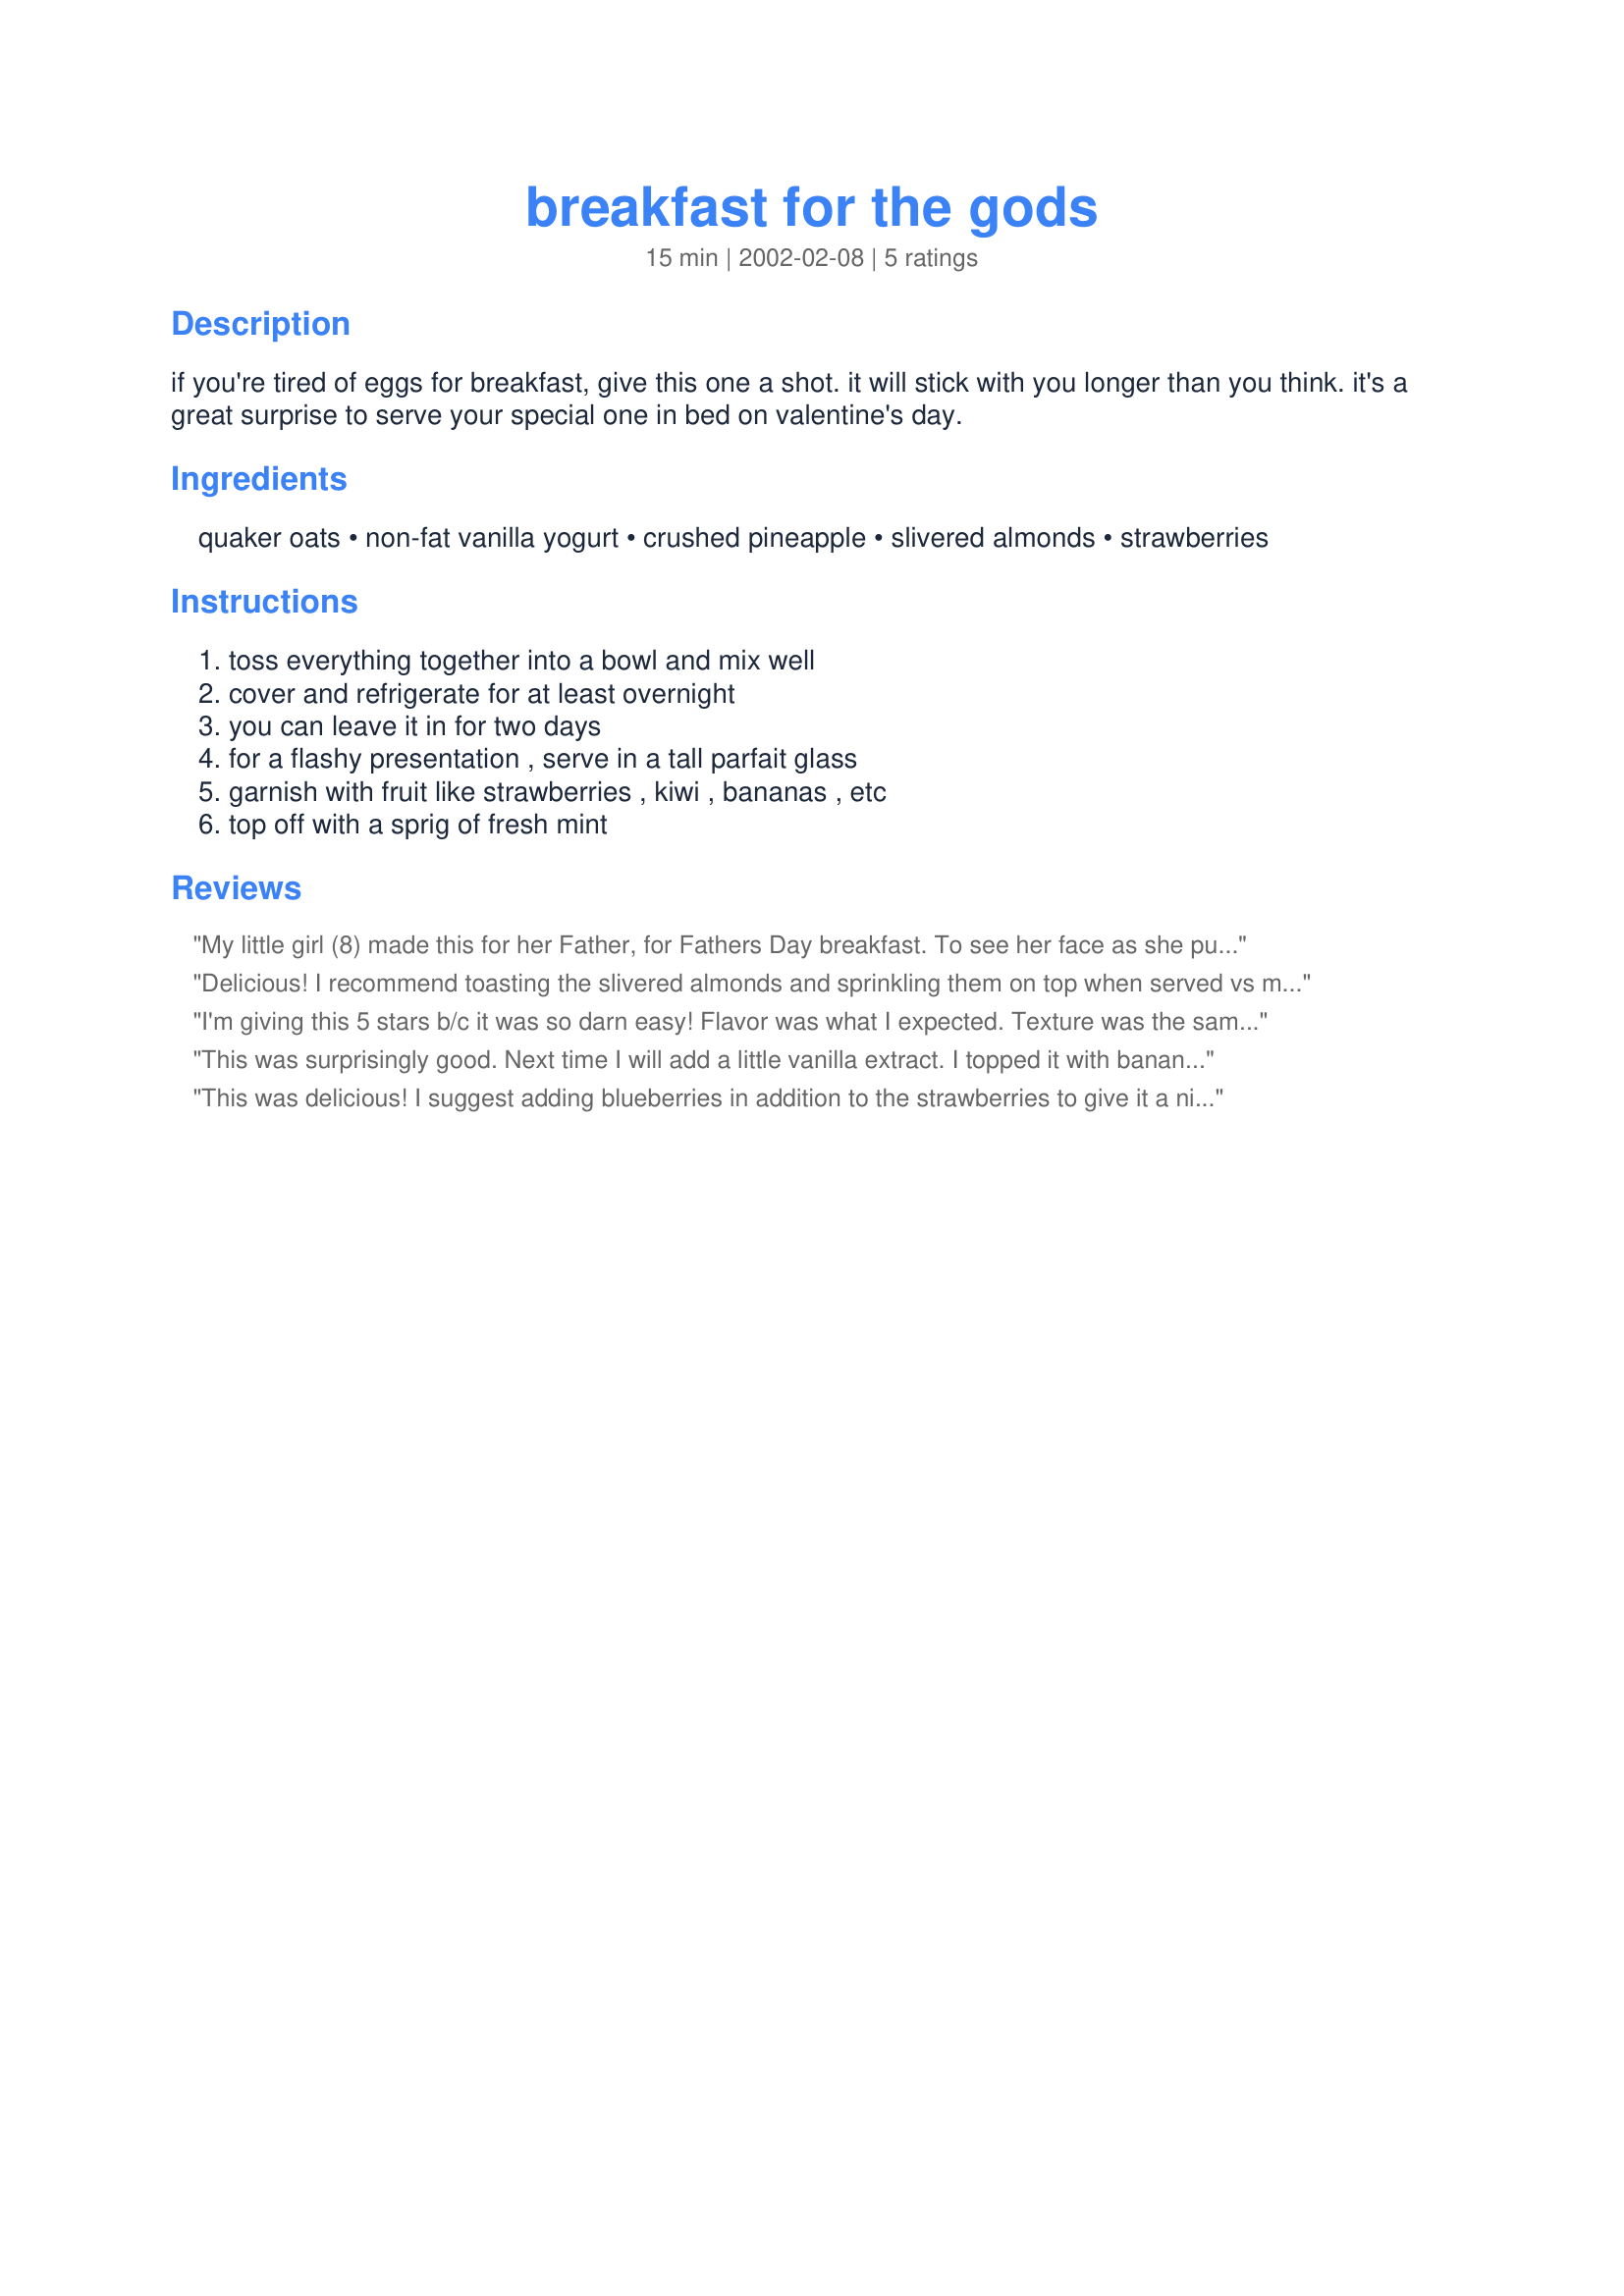
breakfast for the gods
Preparation time: 15 minutes

if you're tired of eggs for breakfast, give this one a shot. it will stick with you longer than you think. it's a great surprise to serve your special one in bed on valentine's day.

Ingredients:
quaker oats, non-fat vanilla yogurt, crushed pineapple, slivered almonds, strawberries

Steps:
toss everything together into a bowl and mix well, cover and refrigerate for at least overnight, you can leave it in for two days, for a flashy presentation , serve in a tall parfait glass, garnish with fruit like strawberries , kiwi , bananas , etc, top off with a sprig of fresh mint

Reviews:
My little girl (8) made this for her Father, for Fathers Day breakfast. To see her face as she put this out on the table for all of us was the best as she did it all by herself We enjoyed this so much that we are now haveing it for breakfast most days. I also added canned mangos. Thank you for putting this up. and a big smile from Emma
Delicious! I recommend toasting the slivered almonds and sprinkling them on top when served vs mixing them in, but either way, this was great!
I'm giving this 5 stars b/c it was so darn easy! Flavor was what I expected. Texture was the same as cooked, hot oatmeal and soaking it in the fruit & yougurt made it quite sweet, but not any sweeter than the pre-packaged fruit oatmeals out there. Certainly a keeper for us. Great for hectic school mornings!
This was surprisingly good. Next time I will add a little vanilla extract. I topped it with bananas, more strawberries and chopped pecans.
This was delicious! I suggest adding blueberries in addition to the strawberries to give it a nice contrast. Great recipe that is perfect for dorm living! :-D
